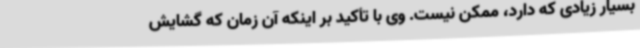
بسیار زیادی که دارد، ممکن نیست. وی با تأکید بر اینکه آن زمان که گشایش